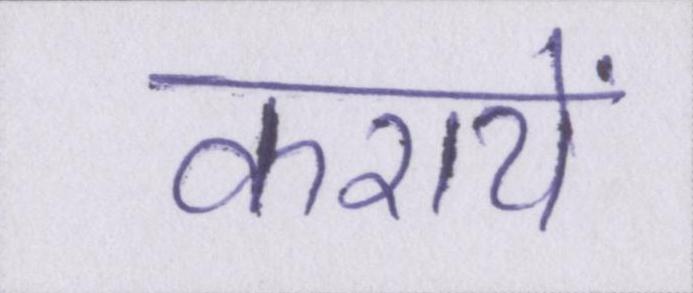
करायें